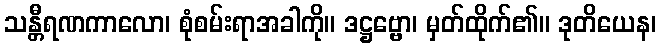
သန္တီရဏကာလော၊ စုံစမ်းရာအခါကို။ ဒဋ္ဌဗ္ဗော၊ မှတ်ထိုက်၏။ ဒုတိယေန၊